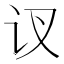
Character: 𲂃